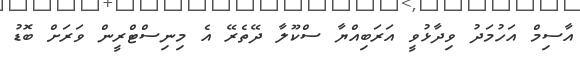
އާސިމް އަހުމަދު ވިދާޅުވީ އަރަބިއްޔާ ސްކޫލާ ދޭތެރޭ އެ މިނިސްޓްރީން ވަރަށް ބޮޑު